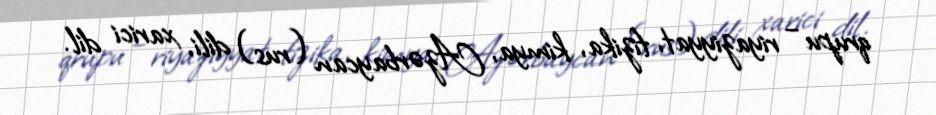
qrupu – riyaziyyat, fizika, kimya, Azərbaycan (rus) dili, xarici dil.